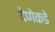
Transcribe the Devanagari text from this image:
देणेकडे